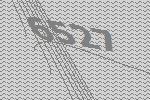
6527